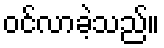
ဝင်လာခဲ့သည်။